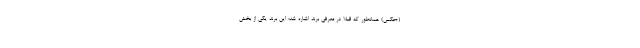
(+عکس) همانطور که قبلا در معرفی برند اشاره شد؛ این برند یکی از بخش